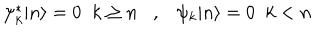
\psi _ { k } ^ { \ast } | n \rangle = 0 \; \; k \geq n , \psi _ { k } | n \rangle = 0 \; \; k < n